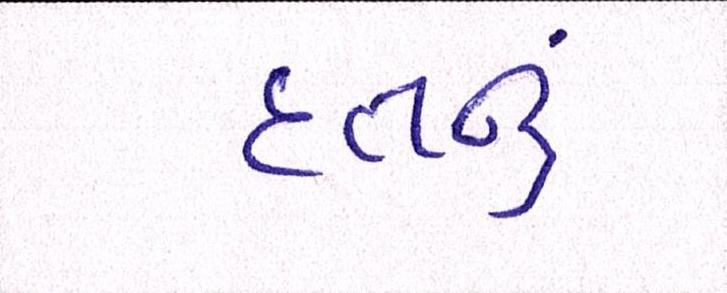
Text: દત્તનું